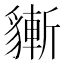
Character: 𧴃